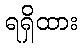
ရရှိထား